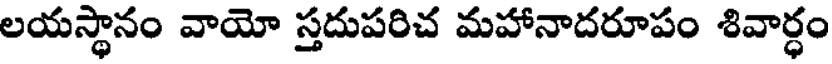
లయస్థానం వాయో స్తదుపరిచ మహానాదరూపం శివార్ధం